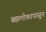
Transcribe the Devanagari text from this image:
ब्रह्मलोकापासून